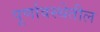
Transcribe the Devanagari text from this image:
पूर्णावस्थेतील